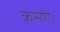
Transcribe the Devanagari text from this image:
कसेंगे।